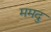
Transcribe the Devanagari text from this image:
ममदु